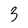
Character: 3